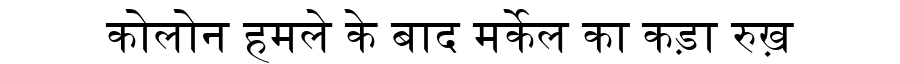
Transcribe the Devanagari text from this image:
कोलोन हमले के बाद मर्केल का कड़ा रुख़